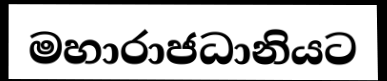
මහාරාජධානියට